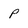
Character: p